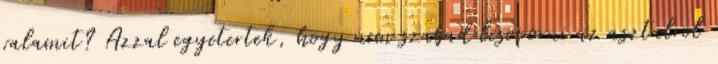
valamit? Azzal egyetertek, hogy nem szabad lesoporni az asztalrol